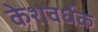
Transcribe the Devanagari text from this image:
केशवर्धक